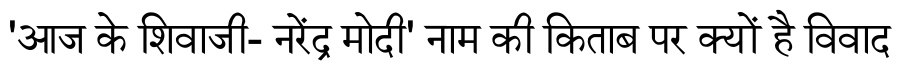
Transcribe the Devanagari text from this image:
'आज के शिवाजी- नरेंद्र मोदी' नाम की किताब पर क्यों है विवाद